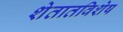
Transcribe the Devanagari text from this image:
शेतातविशेष